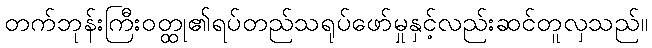
တက်ဘုန်းကြီးဝတ္ထု၏ရပ်တည်သရုပ်ဖော်မှုနှင့်လည်းဆင်တူလှသည်။